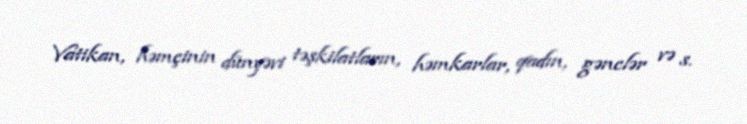
Vatikan, həmçinin dünyəvi təşkilatların, həmkarlar, qadın, gənclər və s.